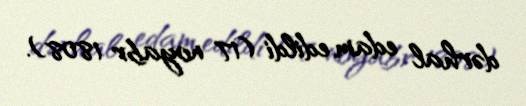
dərhal edam edildi (17 noyabr 1808).